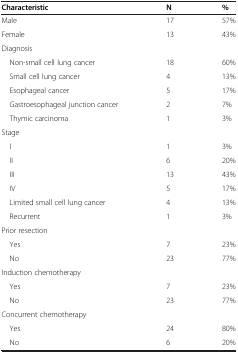
| Characteristic | N | % |
 | --- | --- | --- |
 | Male | 17 | 57% |
 | Female | 13 | 43% |
 | Diagnosis |  |  |
 | Non-small cell lung cancer | 18 | 60% |
 | Small cell lung cancer | 4 | 13% |
 | Esophageal cancer | 5 | 17% |
 | Gastroesophageal junction cancer | 2 | 7% |
 | Thymic carcinoma | 1 | 3% |
 | Stage |  |  |
 | I | 1 | 3% |
 | II | 6 | 20% |
 | III | 13 | 43% |
 | IV | 5 | 17% |
 | Limited small cell lung cancer | 4 | 13% |
 | Recurrent | 1 | 3% |
 | Prior resection |  |  |
 | Yes | 7 | 23% |
 | No | 23 | 77% |
 | Induction chemotherapy |  |  |
 | Yes | 7 | 23% |
 | No | 23 | 77% |
 | Concurrent chemotherapy |  |  |
 | Yes | 24 | 80% |
 | No | 6 | 20% |